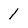
Character: 1